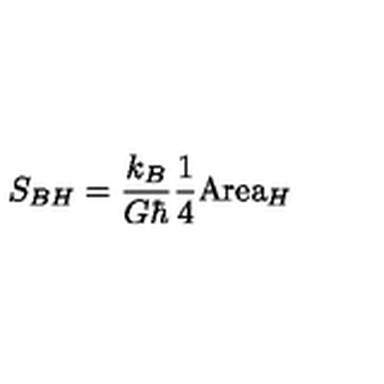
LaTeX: S _ { B H } = \frac { k _ { B } } { G \hbar } \frac { 1 } { 4 } \mathrm { A r e a } _ { H }